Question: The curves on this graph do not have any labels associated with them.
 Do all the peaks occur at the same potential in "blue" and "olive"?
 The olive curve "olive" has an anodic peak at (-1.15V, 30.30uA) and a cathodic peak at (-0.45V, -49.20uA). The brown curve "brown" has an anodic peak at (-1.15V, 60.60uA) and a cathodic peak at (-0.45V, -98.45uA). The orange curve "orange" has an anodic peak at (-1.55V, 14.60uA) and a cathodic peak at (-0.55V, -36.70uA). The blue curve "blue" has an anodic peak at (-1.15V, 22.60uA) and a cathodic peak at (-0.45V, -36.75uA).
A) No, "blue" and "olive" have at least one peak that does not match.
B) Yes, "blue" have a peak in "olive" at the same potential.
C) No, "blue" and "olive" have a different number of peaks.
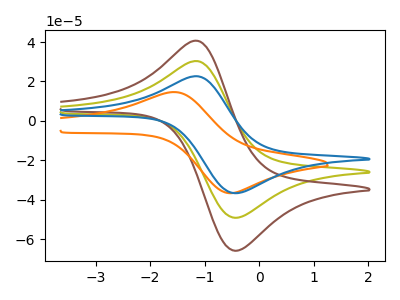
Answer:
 <answer>B) Yes, "blue" have a peak in "olive" at the same potential.</answer>
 <eval>B</eval>